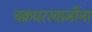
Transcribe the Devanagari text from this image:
चक्रधरस्वामींना